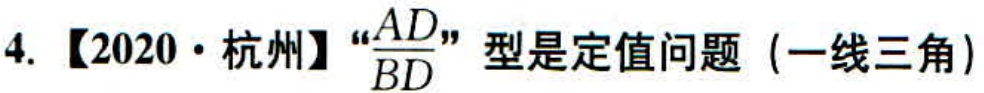
4. 【2020·杭州】“$\frac{AD}{BD}$”型是定值问题（一线三角）